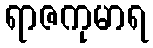
ရာဇကုမာရ